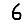
Digit: 6